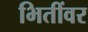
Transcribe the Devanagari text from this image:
भितींवर